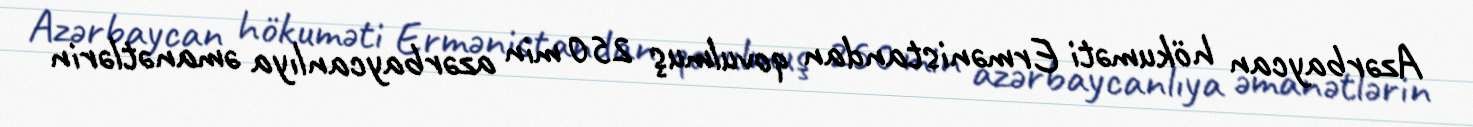
Azərbaycan hökuməti Ermənistandan qovulmuş 250 min azərbaycanlıya əmanətlərin